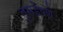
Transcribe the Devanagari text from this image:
तुसडेपणे